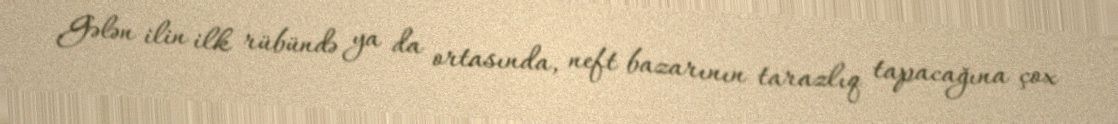
Gələn ilin ilk rübündə ya da ortasında, neft bazarının tarazlıq tapacağına çox